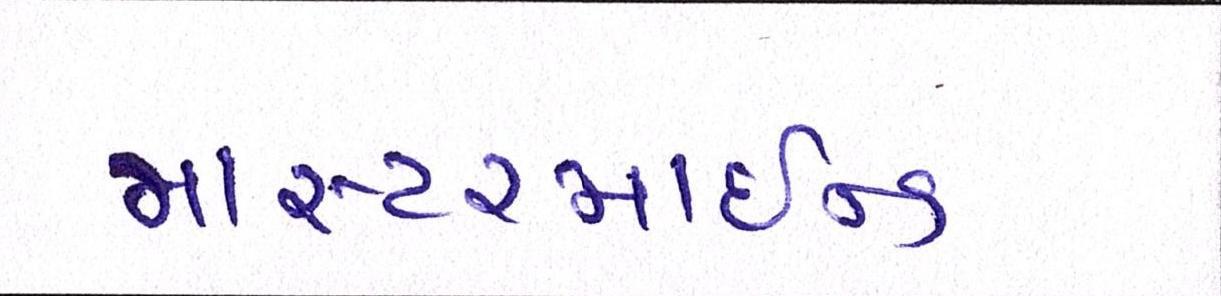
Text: માસ્ટરમાઈન્ડ